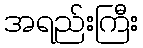
အရည်းကြီး